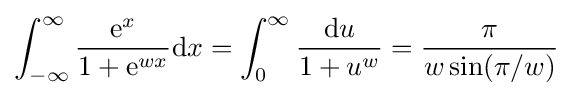
\int _{-\infty }^{\infty }{\frac {{\mathrm {e} }^{x}}{1+{\mathrm {e} }^{wx}}}\mathrm {d} x=\int _{0}^{\infty }{\frac {\mathrm {d} u}{1+u^{w}}}={\frac {\pi }{w\sin(\pi /w)}}